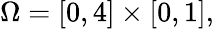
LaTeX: \Omega=[0,4]\times[0,1],